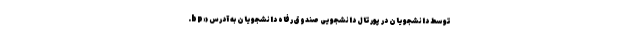
توسط دانشجویان در پورتال دانشجویی صندوق رفاه دانشجویان به آدرس «bp.